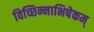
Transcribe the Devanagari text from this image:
विच्छिन्नाभिषेकम्